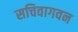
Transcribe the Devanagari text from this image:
सचिवागवन